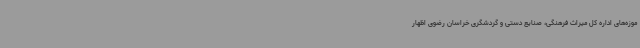
موزه‌های اداره کل میراث فرهنگی، صنایع دستی و گردشگری خراسان رضوی اظهار